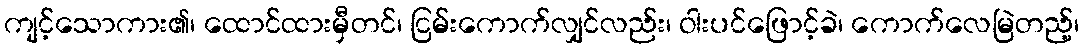
ကျင့်သောကား၏၊ ထောင်ထားမှီတင်၊ ငြမ်းကောက်လျှင်လည်း၊ ဝါးပင်ဖြောင့်ခဲ၊ ကောက်လေမြဲတည့်၊